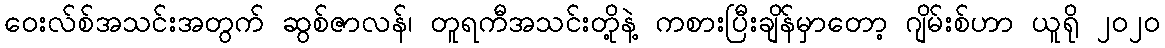
ဝေးလ်စ်အသင်းအတွက် ဆွစ်ဇာလန်၊ တူရကီအသင်းတို့နဲ့ ကစားပြီးချိန်မှာတော့ ဂျိမ်းစ်ဟာ ယူရို ၂၀၂၀